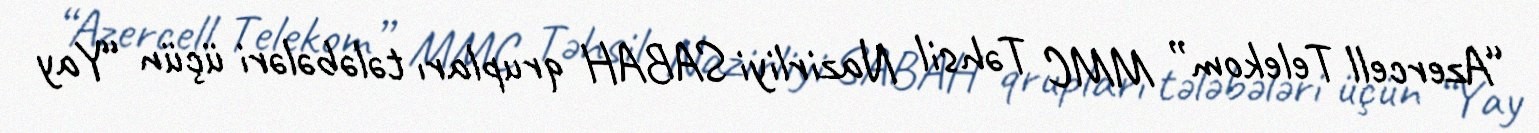
“Azercell Telekom” MMC Təhsil Nazirliyi SABAH qrupları tələbələri üçün “Yay